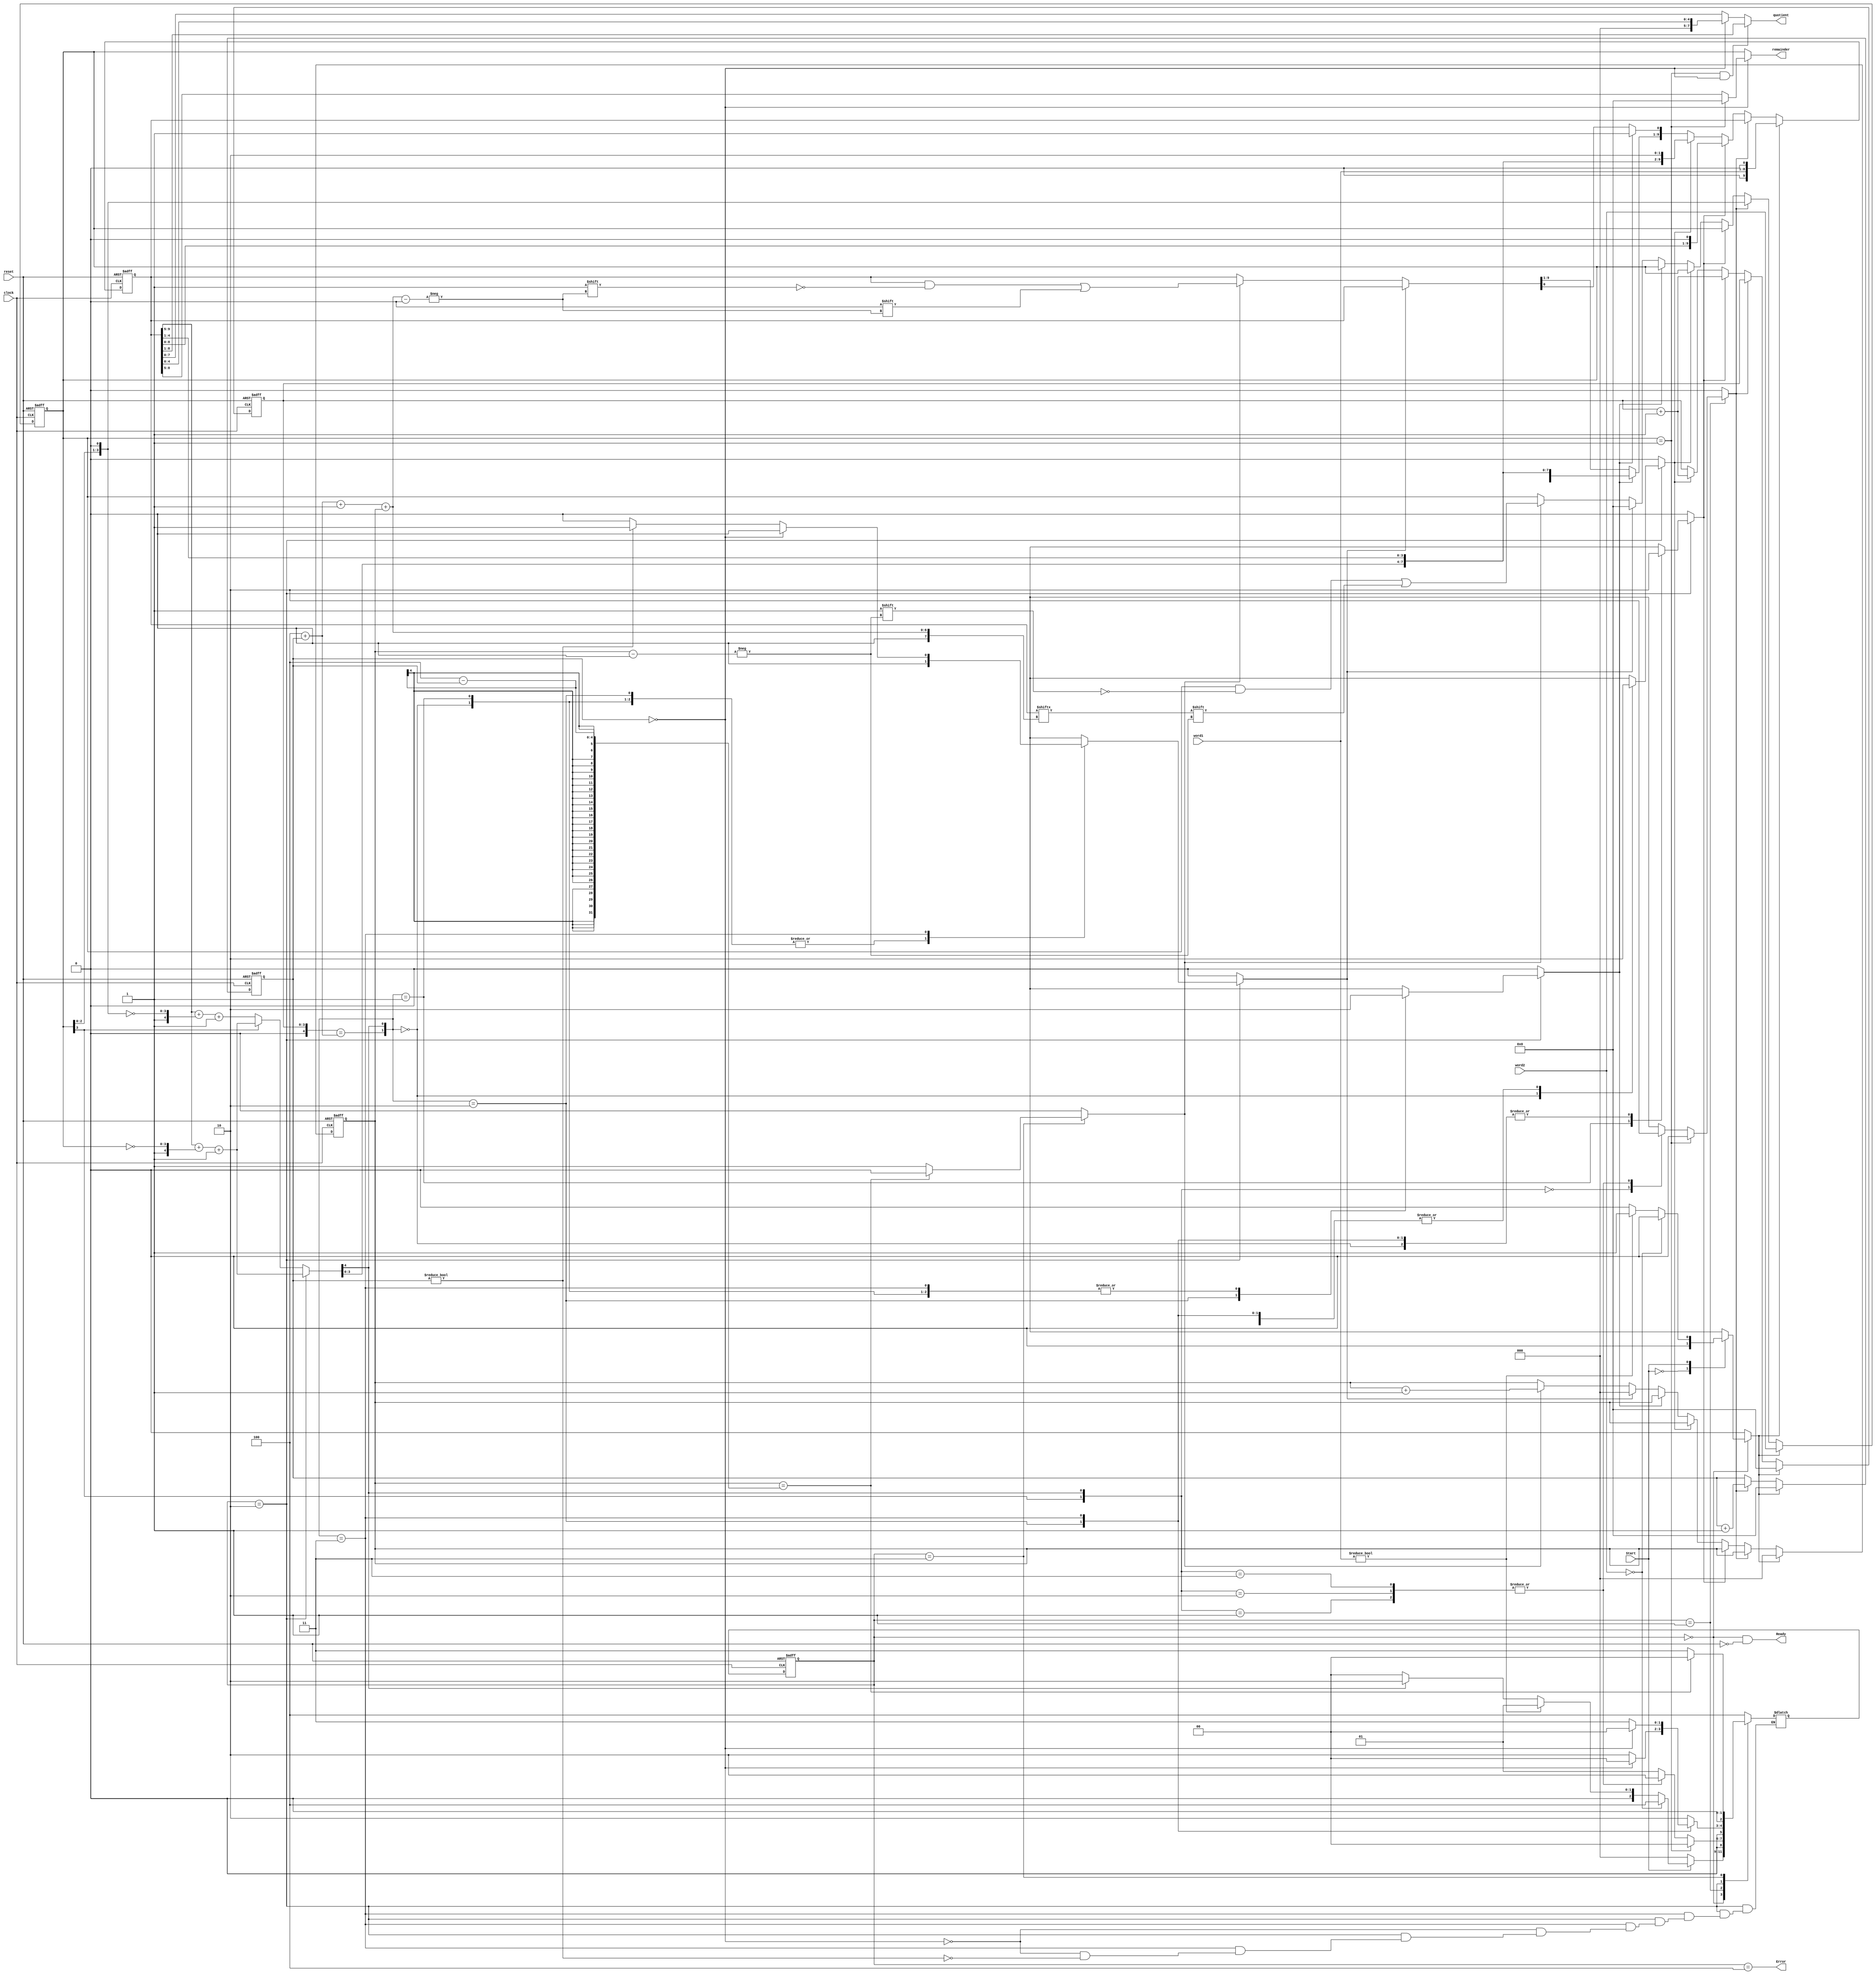
module Divider_RR_STG (quotient, remainder, Ready, Error, word1, word2, Start, clock, reset);
  parameter 	L_divn = 8;
  parameter 	L_divr = 4;			// Choose L_divr <= L_divn
  parameter	S_idle = 0, S_Adivr = 1, S_ShSub = 2, S_Rec = 3, S_Err = 4;
  parameter 	L_state = 3, L_cnt = 4, Max_cnt = L_divn - L_divr;
  parameter	L_Rec_Ctr = 3;
  output 		[L_divn -1: 0] 	quotient;
  output 		[L_divr -1: 0]	remainder;
  output 				Ready, Error;
  input 		[L_divn -1: 0] 	word1;				// Datapath for dividend
  input 		[L_divr -1: 0] 	word2;				// Datapath for divisor
  input 				Start, clock, reset;
  reg 		[L_state -1: 0] 	state, next_state;
  reg 				Load_words, Subtract_and_Shift, 
				Subtract, Shift_dividend, Shift_divisor,  
				Flush_divr, Xfer_Rem;
  reg 		[L_divn+1: 0] 	dividend;			//Doubly extended dividend
  reg		[L_divr -1: 0]	divisor; 
  reg		[L_cnt -1: 0]	num_shift_dividend, num_shift_divisor;
  reg		[L_Rec_Ctr-1: 0]	Rec_Ctr;				// Recovery counter 
  reg		[L_divr: 0]	comparison;  			// includes sign_bit 
  wire		MSB_divr = divisor[L_divr -1];
  wire 		Ready =((state == S_idle) && !reset) ;
  wire		Error = (state == S_Err);
  wire		Max = (num_shift_dividend == Max_cnt + num_shift_divisor );  // needs hardware
						// initialize a counter???

always @ ( state or dividend or divisor or MSB_divr)
    case (state)

      S_ShSub:	comparison = dividend[L_divn +1: L_divn - L_divr +1] + {1'b1, ~divisor[L_divr -1:  0]} + 1'b1;

      default:	if (MSB_divr == 0) 					// Shifted divisor
  comparison = dividend[L_divn +1: L_divn - L_divr +1] + {1'b1, ~(divisor << 1)} + 1'b1;
else comparison = dividend[L_divn +1: L_divn - L_divr +1] + {1'b1, ~divisor[L_divr -1:  0]} + 1'b1; 

    endcase

  wire		sign_bit = comparison[L_divr];
  wire 		overflow = Subtract_and_Shift && ((dividend[0] == 1) || (num_shift_dividend == 0 ));
 
  assign		quotient = ((divisor == 1) && (num_shift_divisor == 0))? dividend[L_divn: 1]: 
		(num_shift_divisor == 0) ? dividend[L_divn - L_divr : 0]:
		dividend[L_divn+1: 0];

  assign 	remainder = (num_shift_divisor == 0) ? (divisor == 1) ?  0: (dividend[L_divn:  L_divn - L_divr +1]  ):
		divisor;

  always @ (posedge clock or posedge reset)  		// State Transitions
    if (reset) state <= S_idle; else state <= next_state; 

  // Next state and control logic
 
  always 
    @ (state or word1 or word2 or divisor or Start or comparison or sign_bit or Max or Rec_Ctr)  begin
    Load_words = 0; Shift_dividend = 0; Shift_divisor  = 0; 
    Subtract_and_Shift = 0; Subtract = 0; Flush_divr = 0; 
    Flush_divr = 0; Xfer_Rem = 0;
    case (state)
      S_idle: 	case (Start) 		  
  	  	  0:	next_state = S_idle; 
	  	  1:	if (word2 == 0) next_state = S_Err; 
			else if (word1) begin next_state = S_Adivr; Load_words = 1; end
			else if (sign_bit == 1) next_state = S_ShSub; 
			else next_state = S_idle;
		default:	next_state = S_Err;
		endcase 

      S_Adivr:	 if (divisor == 1) 
		  begin next_state = S_idle; end else 
		 case ({MSB_divr, sign_bit})
	  2'b00:	begin next_state = S_Adivr; Shift_divisor = 1; end		// can shift divisor
	  2'b01:	next_state = S_ShSub;					// cannot shift divisor
	  2'b10:	next_state = S_ShSub; 
	  2'b11:	next_state = S_ShSub;
	endcase
			  		
        S_ShSub:	case ({Max, sign_bit}) 
	  2'b00:	begin next_state = S_ShSub; Subtract_and_Shift = 1; end
	  2'b01:	begin next_state = S_ShSub; Shift_dividend = 1; end				
	  2'b10:	if (num_shift_divisor == 0) begin next_state = S_idle; Subtract = 1; end
		else begin next_state = S_ShSub; Subtract = 1; end
	  2'b11:	if (num_shift_divisor == 0) next_state = S_idle; 
else if (num_shift_divisor != 0) begin next_state = S_Rec; Flush_divr = 1; end
	endcase

        S_Rec:  	if (Rec_Ctr == L_divr - num_shift_divisor) begin next_state = S_idle; end
		else begin next_state = S_Rec; Xfer_Rem = 1; end
		 
      default:	next_state = S_Err;
    endcase
  end

always @ (posedge clock or posedge reset) begin	// Register/Datapath operations	
    if (reset) begin 
      divisor <= 0; dividend <= 0; 
      num_shift_dividend <= 0; num_shift_divisor <= 0;   // use to down-cnt
      Rec_Ctr <= 0;
    end

    else if (Load_words == 1)  
      begin 
        dividend[L_divn +1: 0] <= {1'b0, word1[L_divn -1: 0], 1'b0}; 
        divisor <= word2; 
        num_shift_dividend <= 0; 
        num_shift_divisor <= 0; 
        Rec_Ctr <= 0;
    end

    else if (Shift_divisor) begin 
      divisor <= divisor << 1; 
      num_shift_divisor <= num_shift_divisor + 1; 
    end

    else if (Shift_dividend) begin
      dividend <= dividend << 1;   
      num_shift_dividend <= num_shift_dividend +1;
    end

    else if (Subtract_and_Shift) 
      begin 
        dividend[L_divn + 1: 0] <= {comparison[L_divr -1: 0], dividend [L_divn -L_divr: 1], 2'b10}  ;  
        num_shift_dividend <= num_shift_dividend +1;
      end

    else if (Subtract) 
      begin 
        dividend[L_divn +1: 1] <= {comparison[L_divr: 0], dividend [L_divn -L_divr: 1]} ;  
        dividend[0] <= 1;
      end
 
    else if (Flush_divr) begin 
      Rec_Ctr <= 0;
      divisor <= 0;
    end

    else if (Xfer_Rem) begin
      divisor[Rec_Ctr] <= dividend[ L_divn  - L_divr + num_shift_divisor + 1 + Rec_Ctr];
      dividend[ L_divn  - L_divr + num_shift_divisor + 1 + Rec_Ctr] <= 0;
      Rec_Ctr <= Rec_Ctr + 1;
     end
 
  end
endmodule